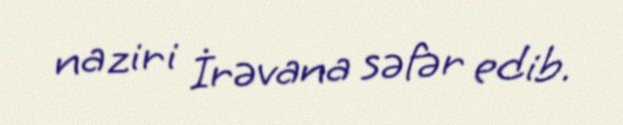
naziri İrəvana səfər edib.